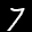
Label: 7